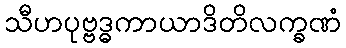
သီဟပုဗ္ဗဒ္ဓကာယာဒိတိလက္ခဏံ